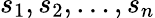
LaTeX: s_{1},s_{2},\ldots,s_{n}